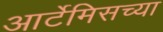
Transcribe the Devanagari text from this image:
आर्टेमिसच्या